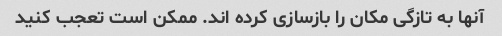
آنها به تازگی مکان را بازسازی کرده اند. ممکن است تعجب کنید